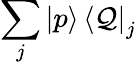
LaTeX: \sum_{j}\mathinner{|{p}\rangle}\mathinner{\langle{\mathcal{Q}}|}_{j}